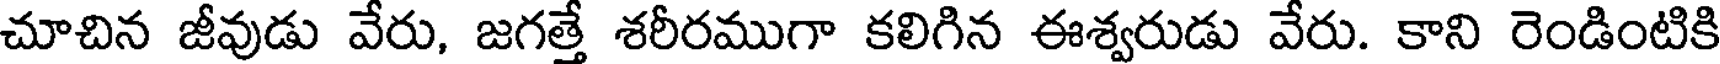
చూచిన జీవుడు వేరు, జగత్తే శరీరముగా కలిగిన ఈశ్వరుడు వేరు. కాని రెండింటికి